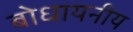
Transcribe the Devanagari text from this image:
बोधायनीय